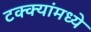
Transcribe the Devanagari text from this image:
टक्‍क्‍यांमध्ये